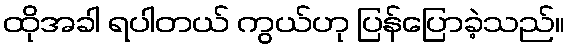
ထိုအခါ ရပါတယ် ကွယ်ဟု ပြန်ပြောခဲ့သည်။